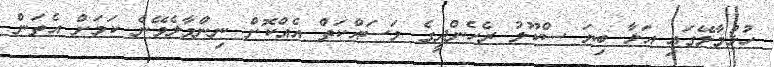
ހުޅުމާލޭގައި އަޅާ ބިޔަ ސްކޫލު ރެހެންދީގެ މަސައްކަތް އެއްކޮށް ނިންމާލެވޭނެ ކަމަށް އެތަން